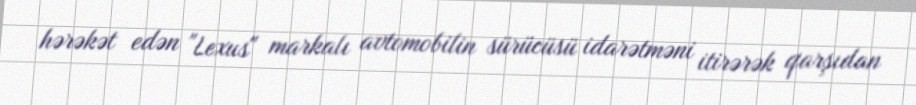
hərəkət edən "Lexus" markalı avtomobilin sürücüsü idarətməni itirərək qarşıdan